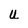
Character: u